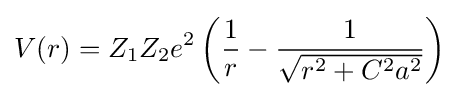
V(r)=Z_{1}Z_{2}e^{2}\left({\frac {1}{r}}-{\frac {1}{\sqrt {r^{2}+C^{2}a^{2}}}}\right)